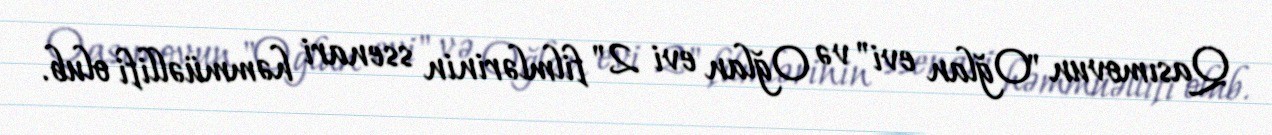
Qasımovun "Oğlan evi" və Oğlan evi 2" filmlərinin ssenari həmmüəllifi olub.